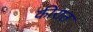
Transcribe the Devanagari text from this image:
कीरात